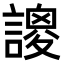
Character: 𧫝